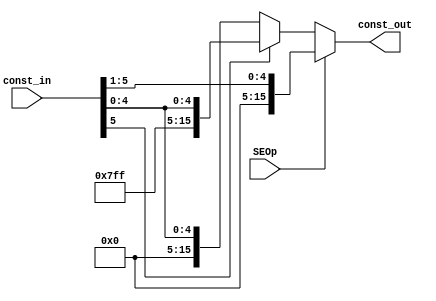
module Sign_Ext(const_in,const_out,SEOp
    );
	 
	 input [5:0] const_in;
	 input SEOp;
	 output reg [15:0] const_out;
	 
	 
	 always@(*) begin
		if(SEOp) begin
			const_out = {11'd0,const_in[5:1]};
		end
		else begin
			if(const_in[5] == 'd1)
				const_out = {10'h3FF,const_in[5:0]};
			else
				const_out = {10'd0,const_in[5:0]};
		end
	end

endmodule